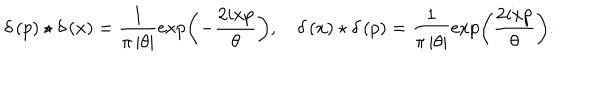
\delta \left( p \right) \star \delta \left( x \right) = \frac { 1 } { \pi \left| \theta \right| } \exp \left( - \frac { 2 i x p } { \theta } \right) , \quad \delta \left( x \right) \star \delta \left( p \right) = \frac { 1 } { \pi \left| \theta \right| } \exp \left( \frac { 2 i x p } { \theta } \right) .